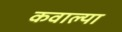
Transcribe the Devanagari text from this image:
कवाल्या